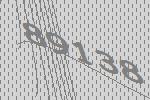
89138